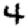
Digit: 4